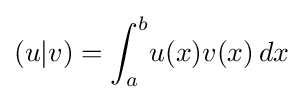
(u|v)=\int _{a}^{b}\!u(x)v(x)\,dx